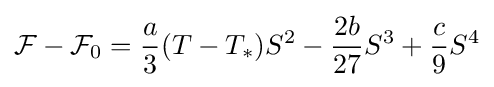
{\mathcal {F}}-{\mathcal {F}}_{0}={\frac {a}{3}}(T-T_{*})S^{2}-{\frac {2b}{27}}S^{3}+{\frac {c}{9}}S^{4}